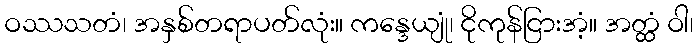
ဝဿသတံ၊ အနှစ်တရာပတ်လုံး။ ကန္ဒေယျုံ၊ ငိုကုန်ငြားအံ့။ အတ္ထံ ဝါ၊